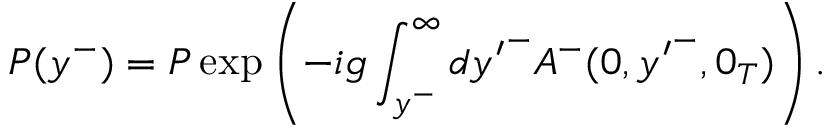
P ( y ^ { - } ) = { \cal P } \exp \left( - i g \int _ { y ^ { - } } ^ { \infty } d { y ^ { \prime } } ^ { - } A ^ { - } ( 0 , { y ^ { \prime } } ^ { - } , 0 _ { T } ) \right) .